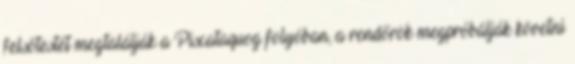
felsőtestét megtalálják a Piscataquog folyóban, a rendőrök megpróbálják követni